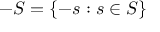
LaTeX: - S = \{ - s : s \in S \}